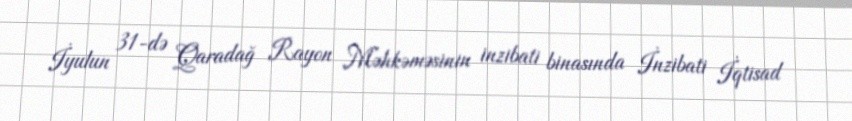
İyulun 31-də Qaradağ Rayon Məhkəməsinin inzibati binasında İnzibati İqtisad